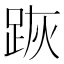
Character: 𨀡